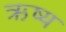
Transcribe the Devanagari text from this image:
ऋष्य